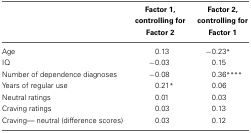
|  | Factor 1, controlling for | Factor 2, controlling for |
 |  | Factor 2 | Factor 1 |
 | --- | --- | --- |
 | Age | 0.13 | −0.23* |
 | IQ | −0.03 | 0.15 |
 | Number of dependence diagnoses | −0.08 | 0.36**** |
 | Years of regular use | 0.21* | 0.06 |
 | Neutral ratings | 0.01 | 0.03 |
 | Craving ratings | 0.03 | 0.13 |
 | Craving— neutral (difference scores) | 0.03 | 0.12 |